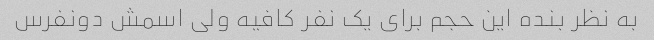
به نظر بنده این حجم برای یک نفر کافیه ولی اسمش دونفرس